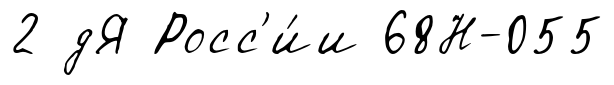
2 дЯ Росс'и́и 68Н-055